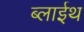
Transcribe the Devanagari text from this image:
ब्लाईथ